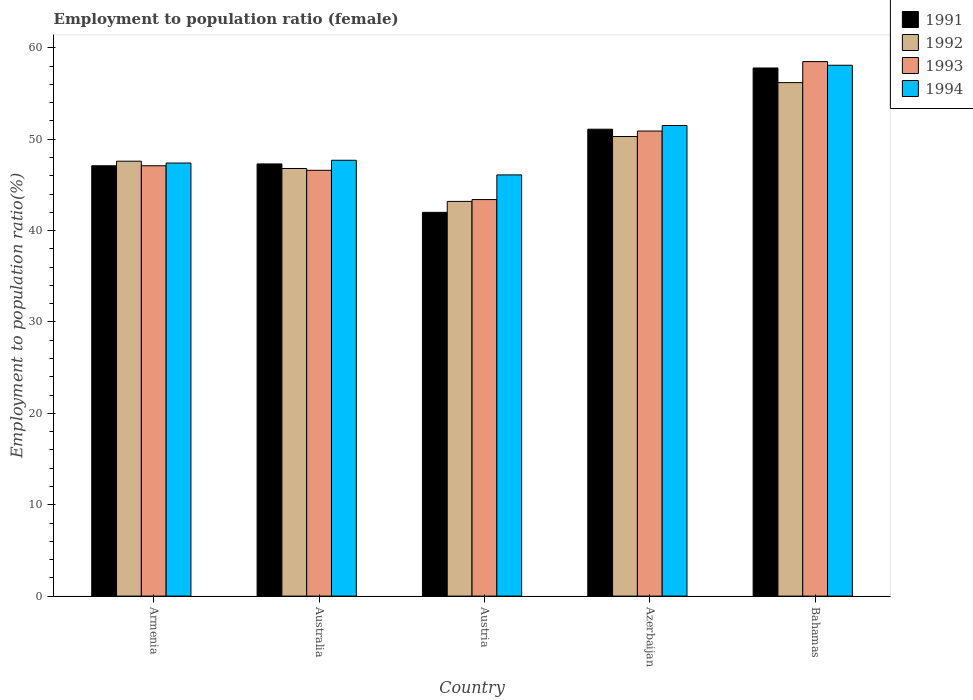
| Country | 1991 | 1992 | 1993 | 1994 |
 | --- | --- | --- | --- | --- |
 | Armenia | 47.1 | 47.6 | 47.1 | 47.4 |
 | Australia | 47.3 | 46.8 | 46.6 | 47.7 |
 | Austria | 42 | 43.2 | 43.4 | 46.1 |
 | Azerbaijan | 51.1 | 50.3 | 50.9 | 51.5 |
 | Bahamas | 57.8 | 56.2 | 58.5 | 58.1 |